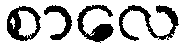
စာလေ